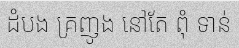
ដំបង គ្រញូង នៅតែ ពុំ ទាន់